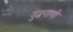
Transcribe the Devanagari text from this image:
युद्धगाणी